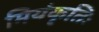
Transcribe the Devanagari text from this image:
मियंकृतिः